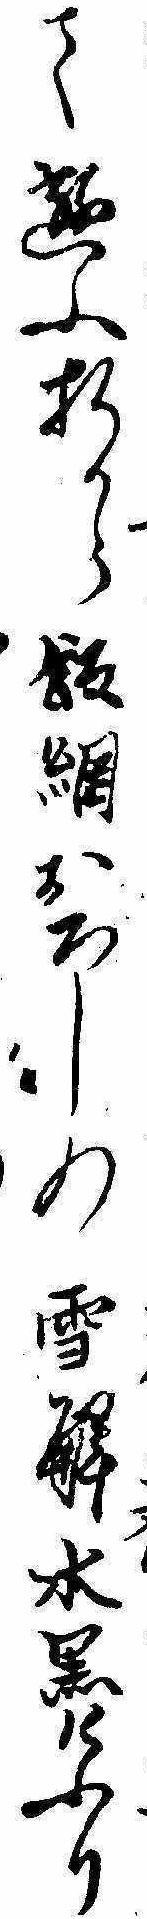
て遊ふ折から飯綱おろしの雪解水黒けふり